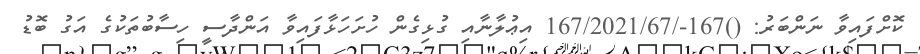
ކޮށްފައިވާ ނަންބަރު: ()167-/167/2021/67 އިޢުލާނާއި ގުޅިގެން ހުށަހަޅާފައިވާ އަންދާސީ ހިސާބުތަކުގެ އަގު ބޮޑު